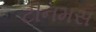
ટીનમસ